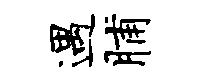
遇脯